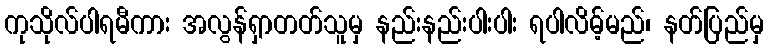
ကုသိုလ်ပါရမီကား အလွန်ရှာတတ်သူမှ နည်းနည်းပါးပါး ရပါလိမ့်မည်၊ နတ်ပြည်မှ